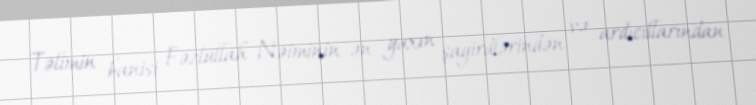
Təlimin banisi Fəzlullah Nəiminin ən yaxın şagirdlərindən və ardıcıllarından